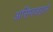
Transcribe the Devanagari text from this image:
असिफ्जहाने